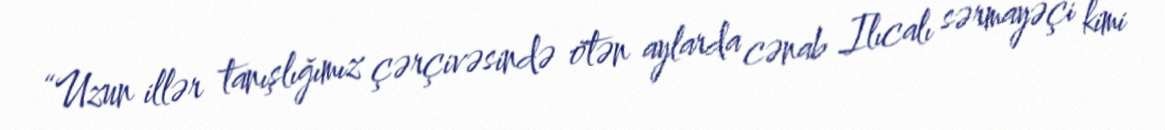
“Uzun illər tanışlığımız çərçivəsində ötən aylarda cənab Ilıcalı sərmayəçi kimi